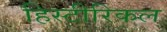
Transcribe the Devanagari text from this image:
हिस्टीरिकल